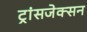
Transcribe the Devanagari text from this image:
ट्रांसजेक्सन